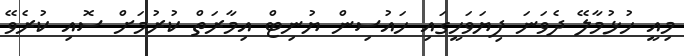
މިއީ ހުޅުމާލޭ ދެވަނަ ފިޔަވަހީގައި ހައުސިން ޔުނިޓް އިމާރަތް ކުރުމަށް ސޮއި ކުރެވޭ